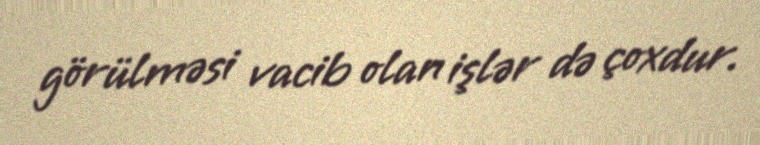
görülməsi vacib olan işlər də çoxdur.